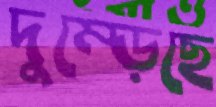
দুম্‌ড়েছে